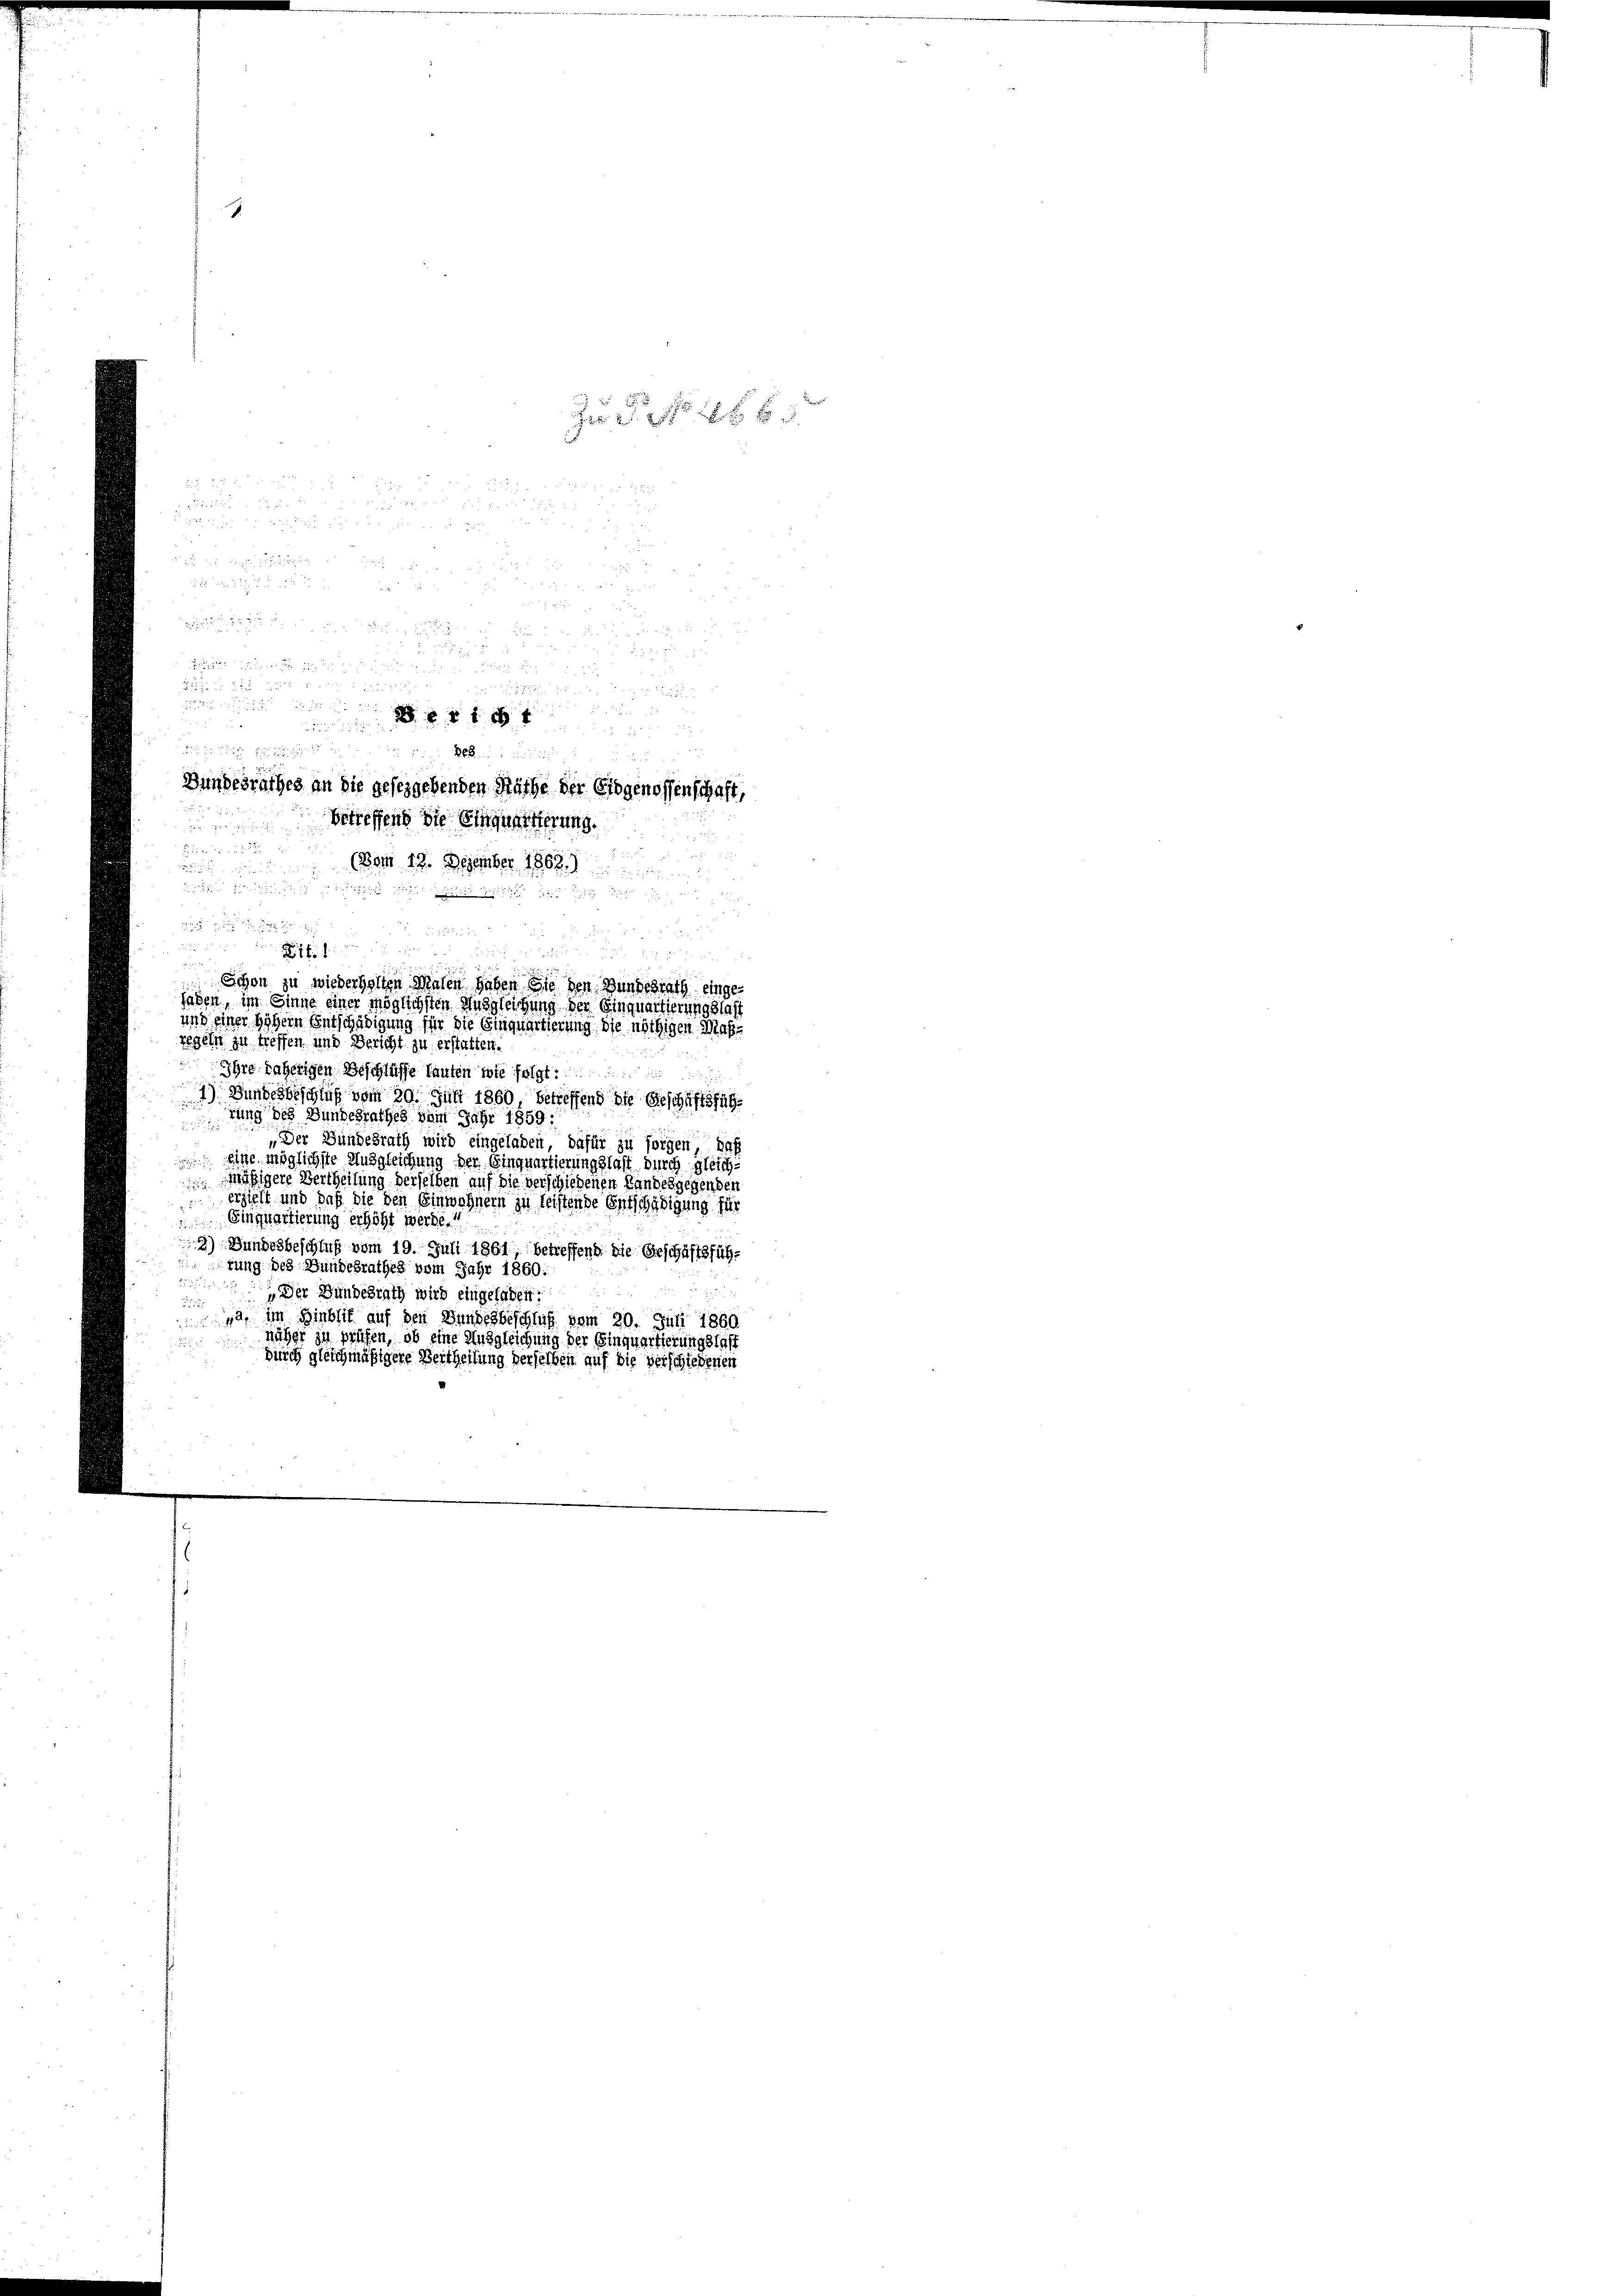
8
d

 An und wen
Bundesrathes an die geseggebenden Räthe der Eidgenossenschaft,
betreffend die Einquartierung.

(Vom 12. Dezember 1808.

t

x x

.
u

u
r

u
2
i
 0 x

 xx

Schon zu wiederholten Malen haben Sie den Bundesrath eingefaden, im Sinne einer möglichsten Ausgleichung der Einquartierungslast
und einer Höhern Entschädigung für die Einquartierung. Sie nöthigen Maßregeln zu treffen und Bericht zu erstatten.
Ihre daherigen Beschlüsse lauten inte folgt:
n
Bundesbeschluß vom 20. Juli 1860, betreffend die Geschäftsfüg¬

rung des Bundesrathes vom Jahr 1859:
„Der Bundesrath wird eingeladen, dafür zu sorgen Saff
 eine möglichste Ausgleichung der Einquartierungslast durch gleich-
Mäßigere Vertheilung derselben auf die verschiedenen Landesgegenden
 erhielt und daß die den Einwohnern zu leistende Entschädigung für
 Einquartierung erhöht werde.“
3) Bundesbeschluß vom 19. Juli 1861, betreffend die Geschäftsfühfung des Bundesrathes vom Jahr 1860:

„Der Bundesrath wird eingefaden:
ar
42, im Hinblic auf den Bundesbeschluß vom 29. Juni 1860
näher zu prüfen, ob eine Ausgleichung der Einquartierungslast
durch gleichmäßigere Vertheilung derselben auf die verschiedenen